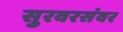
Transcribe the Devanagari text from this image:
सुरवरसंवर